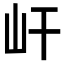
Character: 屽